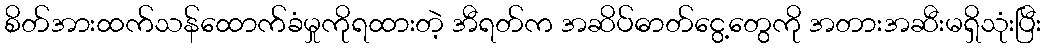
စိတ်အားထက်သန်ထောက်ခံမှုကိုရထားတဲ့ အီရတ်က အဆိပ်ဓာတ်ငွေ့တွေကို အတားအဆီးမရှိသုံးပြီး